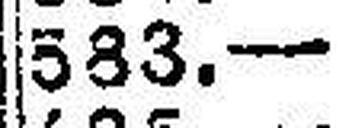
583.—